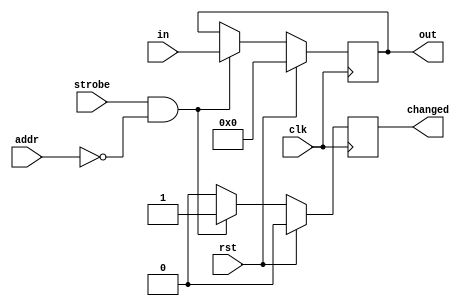


module setting_reg
  #(parameter my_addr = 0, 
    parameter width = 32,
    parameter at_reset=32'd0)
    (input clk, input rst, input strobe, input wire [7:0] addr,
     input wire [31:0] in, output reg [width-1:0] out, output reg changed);
   
   always @(posedge clk)
     if(rst)
       begin
	  out <= at_reset;
	  changed <= 1'b0;
       end
     else
       if(strobe & (my_addr==addr))
	 begin
	    out <= in;
	    changed <= 1'b1;
	 end
       else
	 changed <= 1'b0;
   
endmodule // setting_reg